Leaving Certificate Examination, 1915
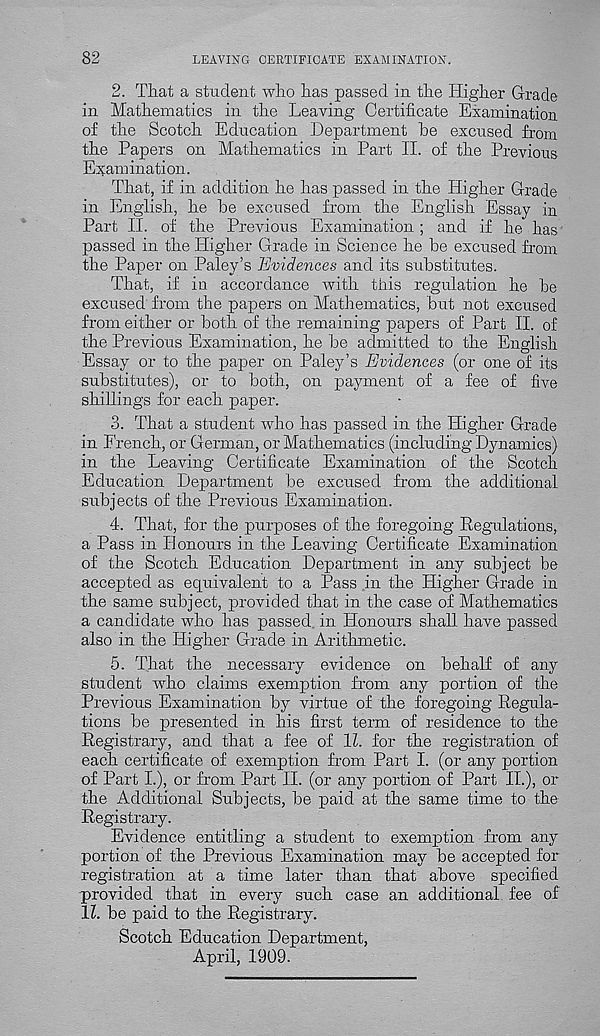
82
LEAVING CERTIFICATE EXAMINATION.
2. That a student who has passed in the Higher Grade
in Mathematics in the Leaving Certificate Examination
of the Scotch Education Department be excused from
the Papers on Mathematics in Part II. of the Previous
Examination.
That, if in addition he has passed in the Higher Grade
in English, he be excused from the English Essay in
Part II. of the Previous Examination; and if he has
passed in the Higher Grade in Science he be excused from
the Paper on Paley’s Evidences and its substitutes.
That, if in accordance with this regulation he be
excused from the papers on Mathematics, but not excused
from either or both of the remaining papers of Part II. of
the Previous Examination, he be admitted to the English
Essay or to the paper on Paley’s Evidences (or one of its
substitutes), or to both, on payment of a fee of five
shillings for each paper.
3. That a student who has passed in the Higher Grade
in French, or German, or Mathematics (including Dynamics)
in the Leaving Certificate Examination of the Scotch
Education Department be excused from the additional
subjects of the Previous Examination.
4. That, for the purposes of the foregoing Regulations,
a Pass in Honours in the Leaving Certificate Examination
of the Scotch Education Department in any subject be
accepted as equivalent to a Pass in the Higher Grade in
the same subject, provided that in the case of Mathematics
a candidate who has passed, in Honours shall have passed
also in the Higher Grade in Arithmetic.
5. That the necessary evidence on behalf of any
student who claims exemption from any portion of the
Previous Examination by virtue of the foregoing Regula-
tions be presented in his first term of residence to the
Registrary, and that a fee of 1Z. for the registration of
each certificate of exemption from Part I. (or any portion
of Part I.), or from Part II. (or any portion of Part II.), or
the Additional Subjects, be paid at the same time to the
Registrary.
Evidence entitling a student to exemption from any
portion of the Previous Examination may be accepted for
registration at a time later than that above specified
provided that in every such case an additional fee of
1Z. be paid to the Registrary.
Scotch Education Department,
April, 1909.